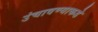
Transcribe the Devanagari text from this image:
उंचावण्याकडे